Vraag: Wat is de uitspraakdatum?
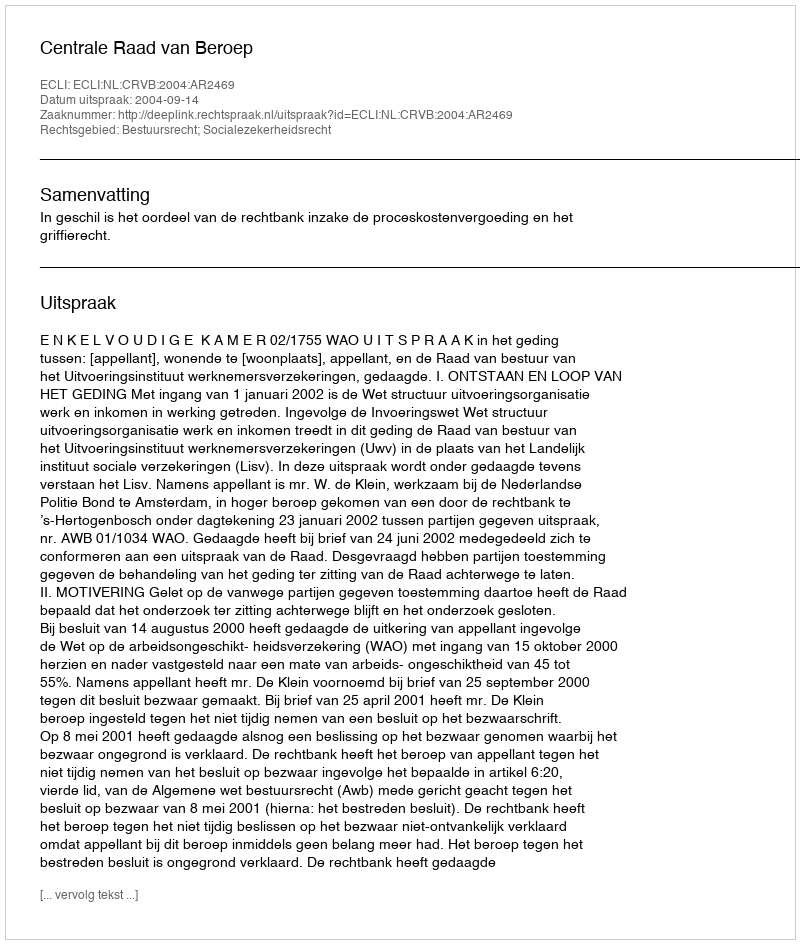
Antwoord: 2004-09-14